Annual administration report of the Civil Veterinary Department of India - 1892-1893
Year: 1892
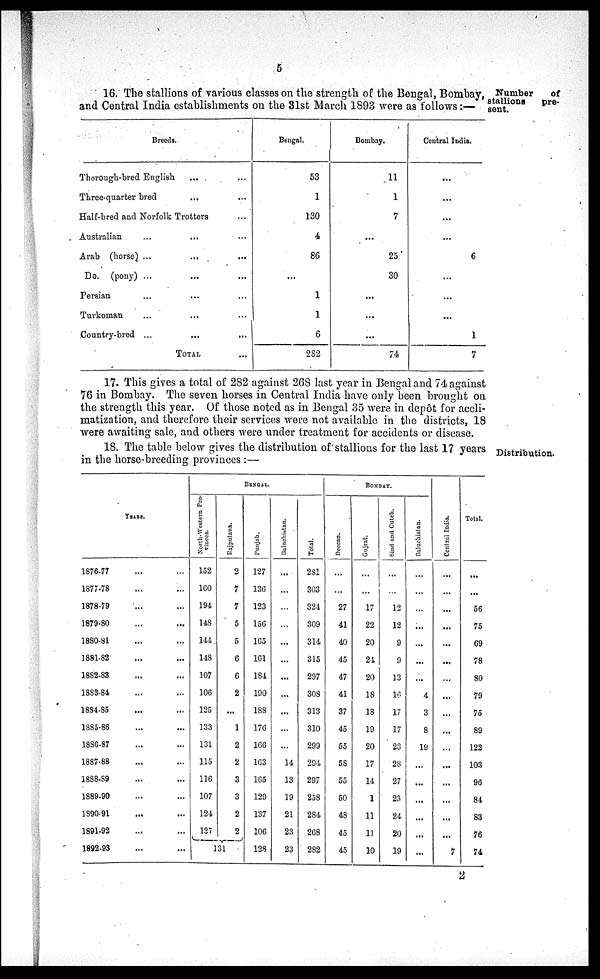
5
Number
of
stallions
pre-
sent.
16. The stallions of various classes on the strength of the Bengal, Bombay,
and Central India establishments on the 31st March 1893 were as follows:—
Breeds.
Thorough-bred English ... ...
Three-quarter bred ... ...
Half-bred and Norfolk Trotters ...
Australian
...
...
...
Arab (horse) ... ... ...
Do. (pony) ... ... ...
Persian ... ... ...
Turkoman ... ... ...
Country-bred ...
TOTAL ...
Bengal.
53
1
130
4
86
...
1
1
6
282
Bombay.
11
1
7
...
25
30
...
...
...
74
Central India.
...
...
...
...
6
...
...
...
1
7
17. This gives a total of 282 against 268 last year in Bengal and 74 against
76 in Bombay. The seven horses in Central India have only been brought on
the strength this year. Of those noted as in Bengal 35 were in depôt for accli-
matization, and therefore their services were not available in the districts, 18
were awaiting sale, and others were under treatment for accidents or disease.
Distribution.
18. The table below gives the distribution of stallions for the last 17 years
in the horse-breeding provinces:—
YEARS.
1876-77 ... ...
1877-78 ... ...
1878-79 ... ...
1879-80 ... ...
1880-81 ... ...
1881-82 ... ...
1882-83 ... ...
1883-84 ... ...
1884-85 ... ...
1885-86 ... ...
1886-87 ... ...
1887-88 ... ...
1888-89 ... ...
1889-90 ... ...
1890-91 ... ...
1891-92 ... ...
1892-93 ... ...
BENGAL.
North-Western Pro-
vinces.
152
160
194
148
144
148
107
106
125
133
131
115
116
107
124
137
Rajputana.
2
7
7
5
5
6
6
2
...
1
2
2
3
3
2
2
131
Punjab.
127
136
123
156
165
161
184
190
188
176
166
163
165
129
137
106
128
Baluchistan.
...
...
...
...
...
...
...
...
...
...
...
14
13
19
21
23
23
Total.
281
303
324
309
314
315
297
308
313
310
299
294
297
258
284
268
282
BOMBAY.
Deccan.
...
...
27
41
40
45
47
41
37
45
55
58
55
50
48
45
45
Gujrat.
...
...
17
22
20
24
20
18
18
19
20
17
14
1
11
11
10
Sind
and Cutch.
....
...
12
12
9
9
13
16
17
17
28
28
27
23
24
20
19
Baluchistan.
...
...
...
...
...
...
...
4
3
8
19
...
...
...
...
...
...
Central I ndi a.
...
...
...
...
...
...
...
...
...
...
...
...
...
...
...
...
7
Total.
...
....
56
75
69
78
80
79
75
89
122
103
96
84
83
76
74
2